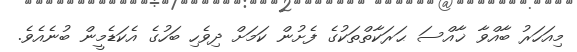
މިއަހަރު ބާއްވާ ޚާއްސަ ޙަރަކާތްތަކުގެ ފެށުން ކަމަށް ދިވެހި ބަހުގެ އެކަޑެމީން ބުނެއެވެ.